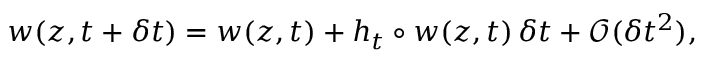
w ( z , t + \delta t ) = w ( z , t ) + h _ { t } \circ w ( z , t ) \, \delta t + \mathcal { O } ( \delta t ^ { 2 } ) ,